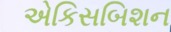
એકિસબિશન